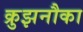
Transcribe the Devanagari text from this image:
क्रुझनौका